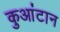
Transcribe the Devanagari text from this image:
कुआंटान